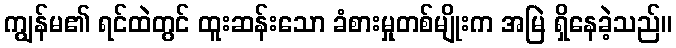
ကျွန်မ၏ ရင်ထဲတွင် ထူးဆန်းသော ခံစားမှုတစ်မျိုးက အမြဲ ရှိနေခဲ့သည်။